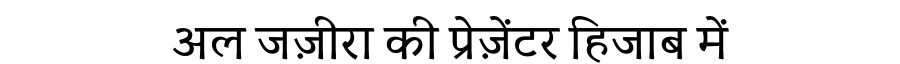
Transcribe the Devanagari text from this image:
अल जज़ीरा की प्रेज़ेंटर हिजाब में